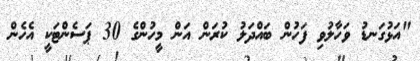
"އަޅުގަނޑު ވަހާލުވި ފަހުން ބައްދަލު ކުރަން އަން މީހުންގެ 30 ޕަސެންޓަކީ އެހެން